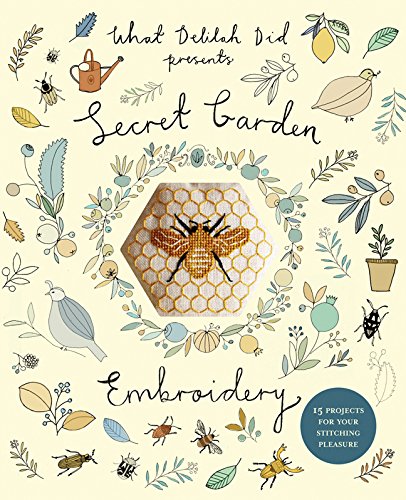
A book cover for Secret Garden Embroidery: 15 Projects for Your Stitching Pleasure (What Delilah Did); Sophie Simpson; Crafts, Hobbies & Home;